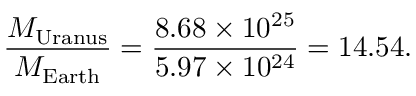
{ \frac { M _ { \mathrm { U r a n u s } } } { M _ { \mathrm { E a r t h } } } } = { \frac { 8 . 6 8 \times 1 0 ^ { 2 5 } } { 5 . 9 7 \times 1 0 ^ { 2 4 } } } = 1 4 . 5 4 .